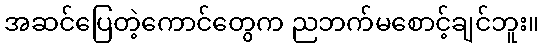
အဆင်ပြေတဲ့ကောင်တွေက ညဘက်မစောင့်ချင်ဘူး။